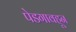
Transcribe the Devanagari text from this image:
पेडगावहून